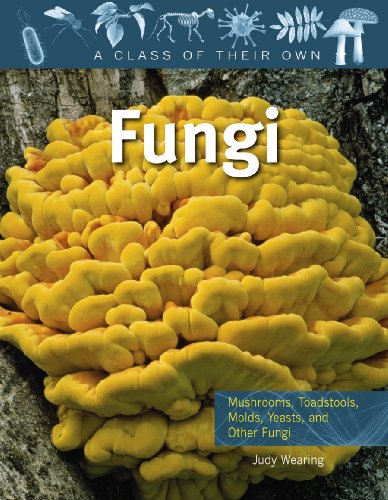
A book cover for Fungi: Mushrooms, Toadstools, Molds, Yeasts, and Other Fungi (Class of Their Own); Judy Wearing; Children's Books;